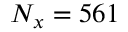
N _ { x } = 5 6 1